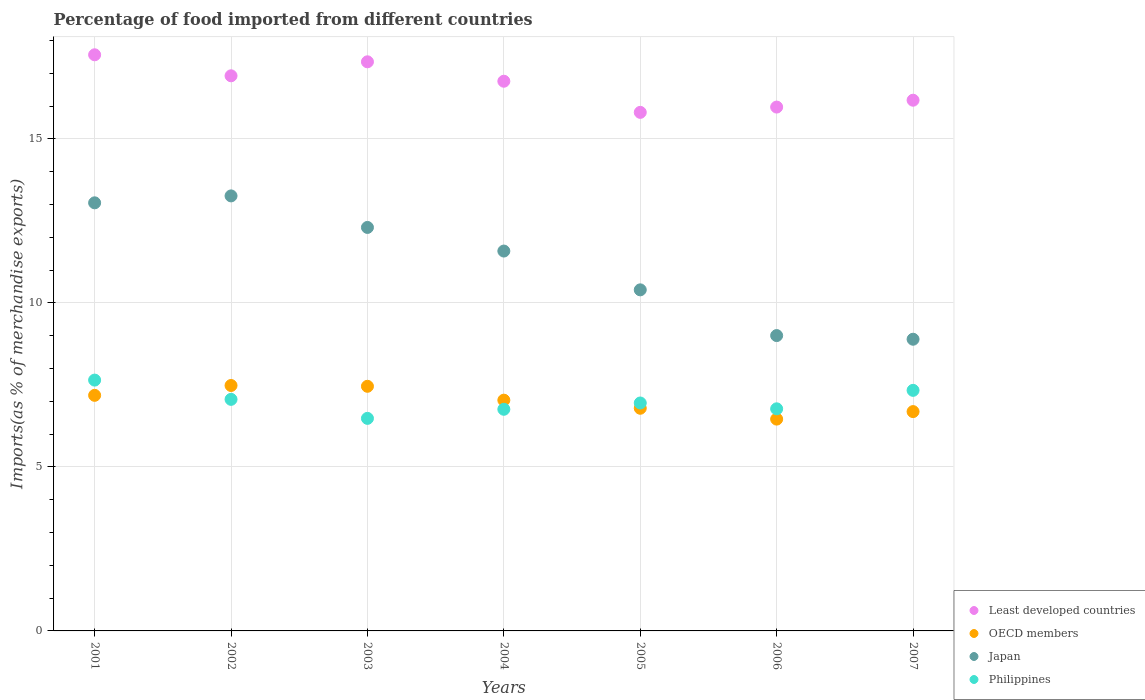
| Years | Least developed countries | OECD members | Japan | Philippines |
 | --- | --- | --- | --- | --- |
 | 2001 | 17.6 | 7.18 | 13 | 7.65 |
 | 2002 | 16.9 | 7.48 | 13.3 | 7.06 |
 | 2003 | 17.3 | 7.46 | 12.3 | 6.48 |
 | 2004 | 16.8 | 7.03 | 11.6 | 6.76 |
 | 2005 | 15.8 | 6.79 | 10.4 | 6.95 |
 | 2006 | 16 | 6.46 | 9 | 6.77 |
 | 2007 | 16.2 | 6.69 | 8.89 | 7.33 |